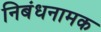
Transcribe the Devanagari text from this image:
निबंधनामक